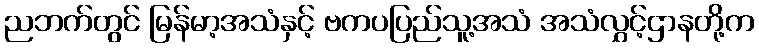
ညဘက်တွင် မြန်မာ့အသံနှင့် ဗကပပြည်သူ့အသံ အသံလွှင့်ဌာနတို့က